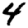
Digit: 4